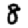
Digit: 8